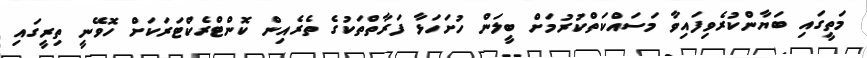
މަތީގައި ބަޔާންކުރެވިފައިވާ މަސައްކަތްކުރުމަށް ބީލަން ހުށަހަޅާ ފަރާތްތަކުގެ ތެރެއިން ކޮންޓްރެކްޓަރަކަށް ހޮވޭނީ ތިރީގައި